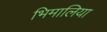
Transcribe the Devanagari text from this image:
भिमालिया